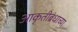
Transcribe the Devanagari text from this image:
आकृतीबंधाच्या